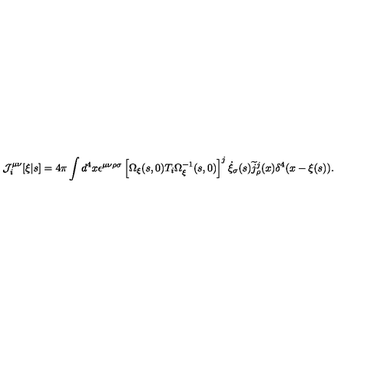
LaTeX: { \cal J } _ { i } ^ { \mu \nu } [ \xi | s ] = 4 \pi \int d ^ { 4 } x \epsilon ^ { \mu \nu \rho \sigma } \left[ \Omega _ { \xi } ( s , 0 ) T _ { i } \Omega _ { \xi } ^ { - 1 } ( s , 0 ) \right] ^ { j } \dot { \xi } _ { \sigma } ( s ) \widetilde { j } _ { \rho } ^ { j } ( x ) \delta ^ { 4 } ( x - \xi ( s ) ) .